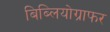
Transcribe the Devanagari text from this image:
बिब्लियोग्राफर